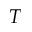
T